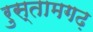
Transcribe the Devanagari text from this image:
रुस्तामगढ़